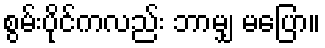
စွမ်းပိုင်ကလည်း ဘာမျှ မပြော။